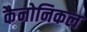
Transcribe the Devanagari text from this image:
कैनोनिकल